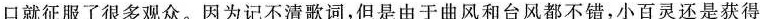
口就征服了很多观众。因为记不清歌词，但是由于曲风和台风都不错，小百灵还是获得